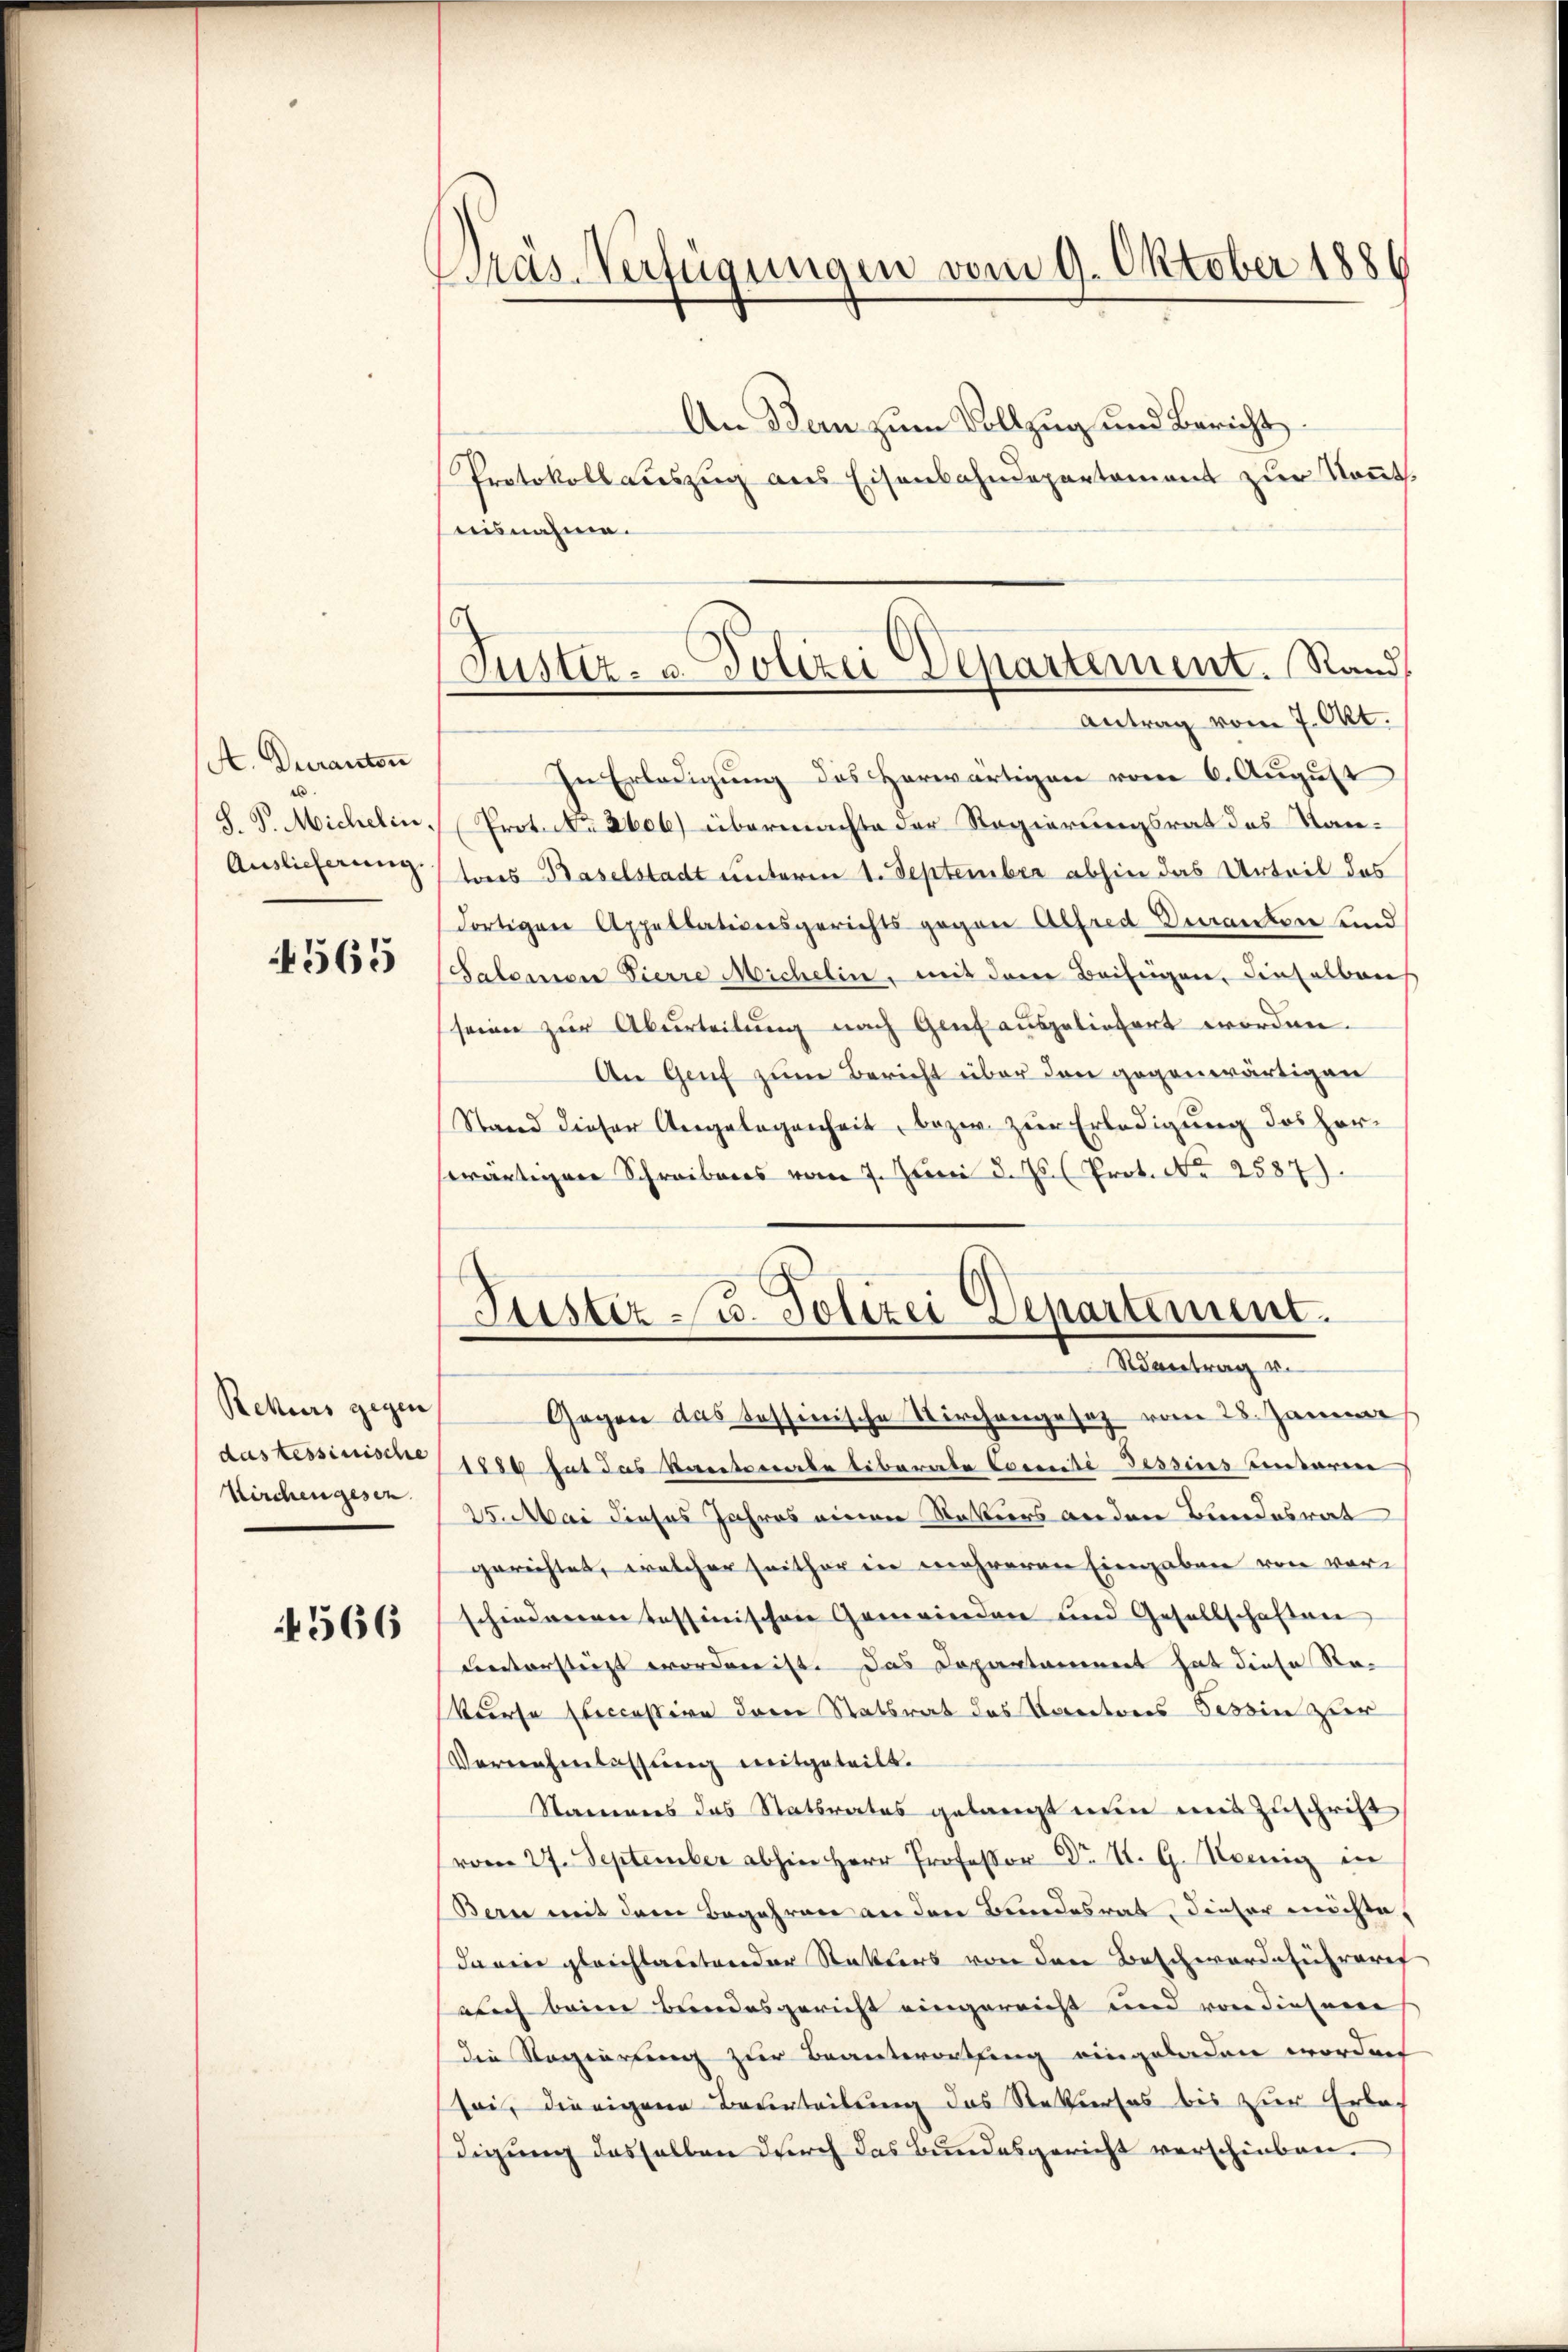
A. Duranton
.
Auslicherung.

4565

Rekurs gegen
Kirchen gesen.

4566

Pras-Verfügungen vom 9. Oktober 1886

An Bern zum Vollzug und Bericht
Protokoll auszug aus Eisenbahndepartement zur Kennt.
aisnahme.
In Erledigung des Herwärtigen vom 6. August
S. G. Michelin. Prot. No. 2606) übermachte der Regierungsrat des Kantons Baselstadt unterm 1. September abhin das Urteil des
dortigen Appellationsgerichts gegen Alfred Veranten und
Salomon Vierre Michelin, mit dem Beifügen, dieselben
seiner zur Aburteilung nach Genf ausgeliefert worden.
An Genf zum Bericht über den gegenwärtigen
Stand dieser Angelegenheit, bezw. zur Erledigung des Herswärtigen Schreibens vom 7. Juni d. Js. (Prot. No 2587).

16
Justiz- u. Polizei Departement. Rand,
Antrag vom 7. Okt.

Justiz u. Polizei Departement.
Rantrag v.

Gegen das Tessinische Kirchengesez vom 28. Januar
das Tessinisini 1886 hat das Kantonale liberate Cocenti Tessins unterm
25. Mai dieses Jahres einen Rekurs anden Bundesrat
gerichtet, welcher seither in mehreren Eingaben von vor-
schiedenenen Tessinischen Geneviendere und Gesellschaften
untersteizt worden ist das Departaminert hat diese Sta¬
Kurse Execcessive derer Statsrat des Kantons Tessin zur
Vernehmlassŭng mitgeteilt.
Namens das Statsrates gelangt nun mit Zuschrift
vom 27. September abhin Herr Professor Dr. V. G. König in
Bern mit dem Begehren an den Bundesrat, dieser möchte,
darin gleichlautender Statters von den Beschwerdeturaref
auch beim Bundesgericht eingereicht und von diesem
die Regierung zur Beantwortung eingeladen worden
soi, die eigene Beurteilung das Rekurses bis zur Erbach
digung desselben durch das Bundesgericht verschieben.